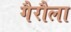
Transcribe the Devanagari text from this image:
गैरौला